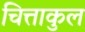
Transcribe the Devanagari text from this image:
चित्ताकुल